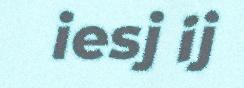
iesj ij